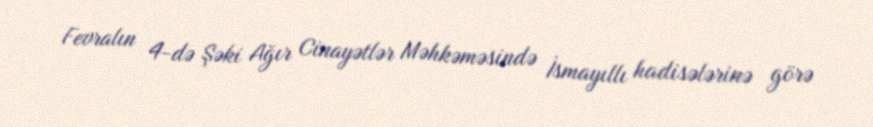
Fevralın 4-də Şəki Ağır Cinayətlər Məhkəməsində İsmayıllı hadisələrinə görə